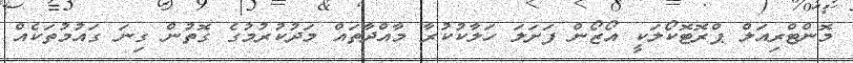
މޮންޓްރިއަލް ޕްރޮޓޮކޯލަކީ އޯޒޯން ފަށަލަ ހަލާކުކުރާ މާއްދާތައް މަދުކުރުމުގެ ގޮތުން ގިނަ ގައުމުތަކެއް